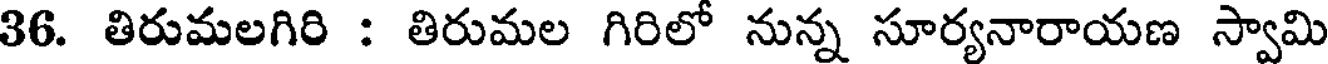
36. తిరుమలగిరి : తిరుమల గిరిలో నున్న సూర్యనారాయణ స్వామి